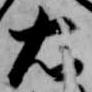
右